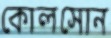
কোলসোন